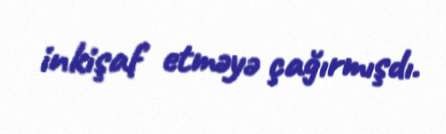
inkişaf etməyə çağırmışdı.